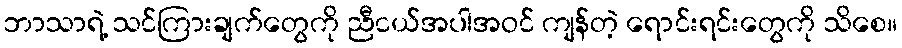
ဘာသာရဲ့ သင်ကြားချက်တွေကို ညီငယ်အပါအဝင် ကျန်တဲ့ ရောင်းရင်းတွေကို သိစေ။